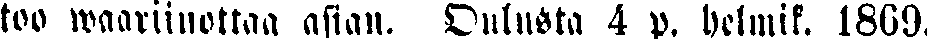
too waariinottaa asian. Oulusta 4 p. helmik. 1869.